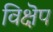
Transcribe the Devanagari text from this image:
विक्षॆप